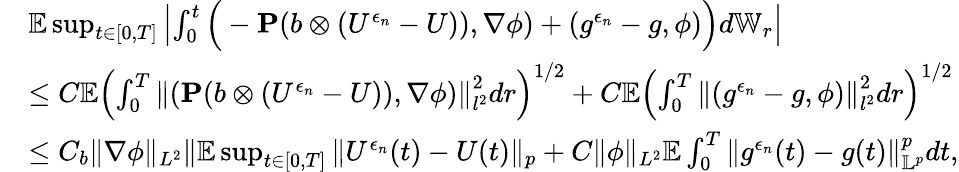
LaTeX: \begin{array}{rl}&{\mathbb{E}\operatorname*{sup}_{t\in[0,T]}\left|\int_{0}^{t}\Big(-\mathbf{P}(b\otimes(U^{\epsilon_{n}}-U)),\nabla\phi)+(g^{\epsilon_{n}}-g,\phi)\Big)d\mathbb{W}_{r}\right|}\\ &{\leq C\mathbb{E}\left(\int_{0}^{T}\left\| (\mathbf{P}(b\otimes(U^{\epsilon_{n}}-U)),\nabla\phi)\right\| _{l^{2}}^{2}dr\right)^{1/2}+C\mathbb{E}\left(\int_{0}^{T}\left\| (g^{\epsilon_{n}}-g,\phi)\right\| _{l^{2}}^{2}dr\right)^{1/2}}\\ &{\leq C_{b}\| \nabla\phi\| _{L^{2}}\| \mathbb{E}\operatorname*{sup}_{t\in[0,T]}\| U^{\epsilon_{n}}(t)-U(t)\| _{p}+C\| \phi\| _{L^{2}}\mathbb{E}\int_{0}^{T}\| g^{\epsilon_{n}}(t)-g(t)\| _{\mathbb{L}^{p}}^{p}dt,}\end{array}